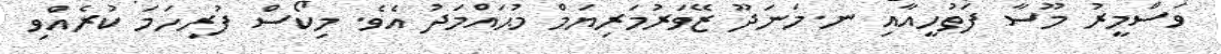
ވަސްމީރު މޫސާ ފަތުހީއާއި ނ.މަނަދޫ ޒޭވަރުމަރިޔަމް މުޙައްމަދު އެވެ. މިކޯސް ފުރިހަަމަ ކުރެއްވި